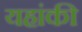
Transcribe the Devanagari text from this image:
यहांकी